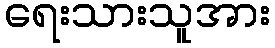
ရေးသားသူအား